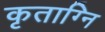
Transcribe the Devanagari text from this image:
कृताग्नि